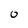
Character: 0